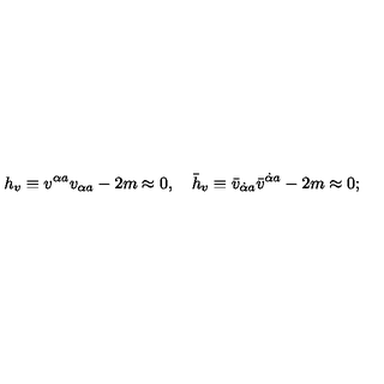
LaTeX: h _ { v } \equiv v ^ { \alpha a } v _ { \alpha a } - 2 m \approx 0 , \quad \bar { h } _ { v } \equiv \bar { v } _ { \dot { \alpha } a } \bar { v } ^ { \dot { \alpha } a } - 2 m \approx 0 ;